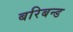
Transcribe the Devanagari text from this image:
बरिबन्ड